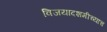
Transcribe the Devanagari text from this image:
विजयादशमीच्याच